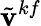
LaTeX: \tilde{\mathbf{v}}^{kf}